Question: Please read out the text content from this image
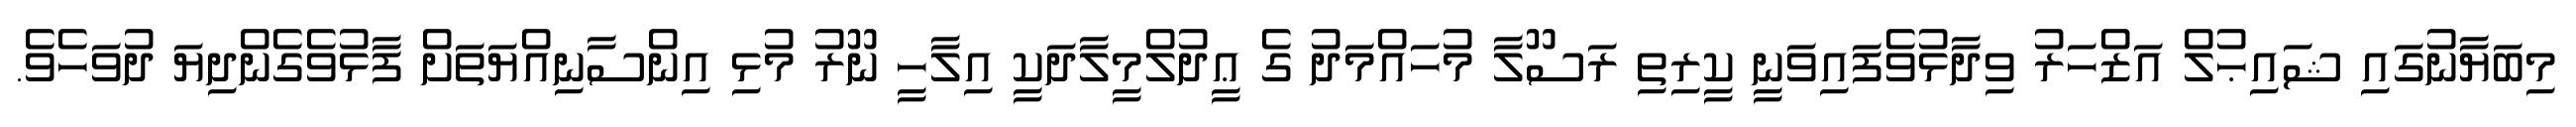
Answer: މިބަޔާނުގައި ޝައިޙުލް އަޒްހަރު ވިދާޅުވެފައިވަނީ ކީރިތި ރަސޫލާ މުހައްމަދު ގެ ޢީދުލްމީލާދަކީ އިލާހީ ނޫރު މުޅި އިންސާނިއްޔަތަށް ފާޅުވެގެންދިޔަ ދުވަހެވެ.